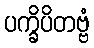
ပက္ခိပိတဗ္ဗံ